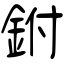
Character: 鉜